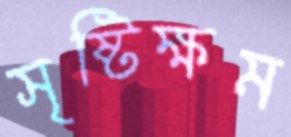
সৃষ্টিক্ষম